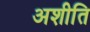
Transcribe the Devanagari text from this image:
अशीति